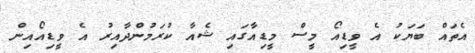
އެތައް ބަޔަކު އެ ވީޑިއޯ މީސް މީޑިއާގައި ޝެއާ ކުރަމުންދާއިރު އެ ވީޑިއޯއިން